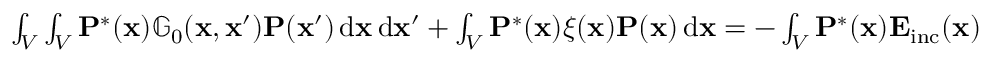
\begin{array} { r } { \int _ { V } \int _ { V } \mathbf { P } ^ { * } ( \mathbf { x } ) \mathbb { G } _ { 0 } ( \mathbf { x } , \mathbf { x } ^ { \prime } ) \mathbf { P } ( \mathbf { x } ^ { \prime } ) \, \mathrm { d } \mathbf { x } \, \mathrm { d } \mathbf { x } ^ { \prime } + \int _ { V } \mathbf { P } ^ { * } ( \mathbf { x } ) \xi ( \mathbf { x } ) \mathbf { P } ( \mathbf { x } ) \, \mathrm { d } \mathbf { x } = - \int _ { V } \mathbf { P } ^ { * } ( \mathbf { x } ) \mathbf { E } _ { \mathrm { i n c } } ( \mathbf { x } ) \, \mathrm { d } \mathbf { x } . } \end{array}